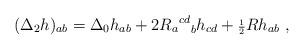
LaTeX: \begin{align*}({\Delta}_2h)_{ab}={\Delta}_0h_{ab} +2{{R_{a}}^{cd}}_{b}h_{cd} + {\scriptstyle{\frac{1}{2}}}Rh_{ab}\ ,\end{align*}